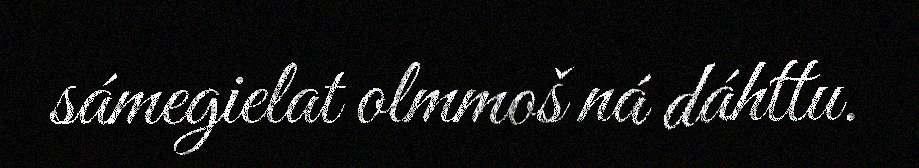
sámegielat olmmoš ná dáhttu.